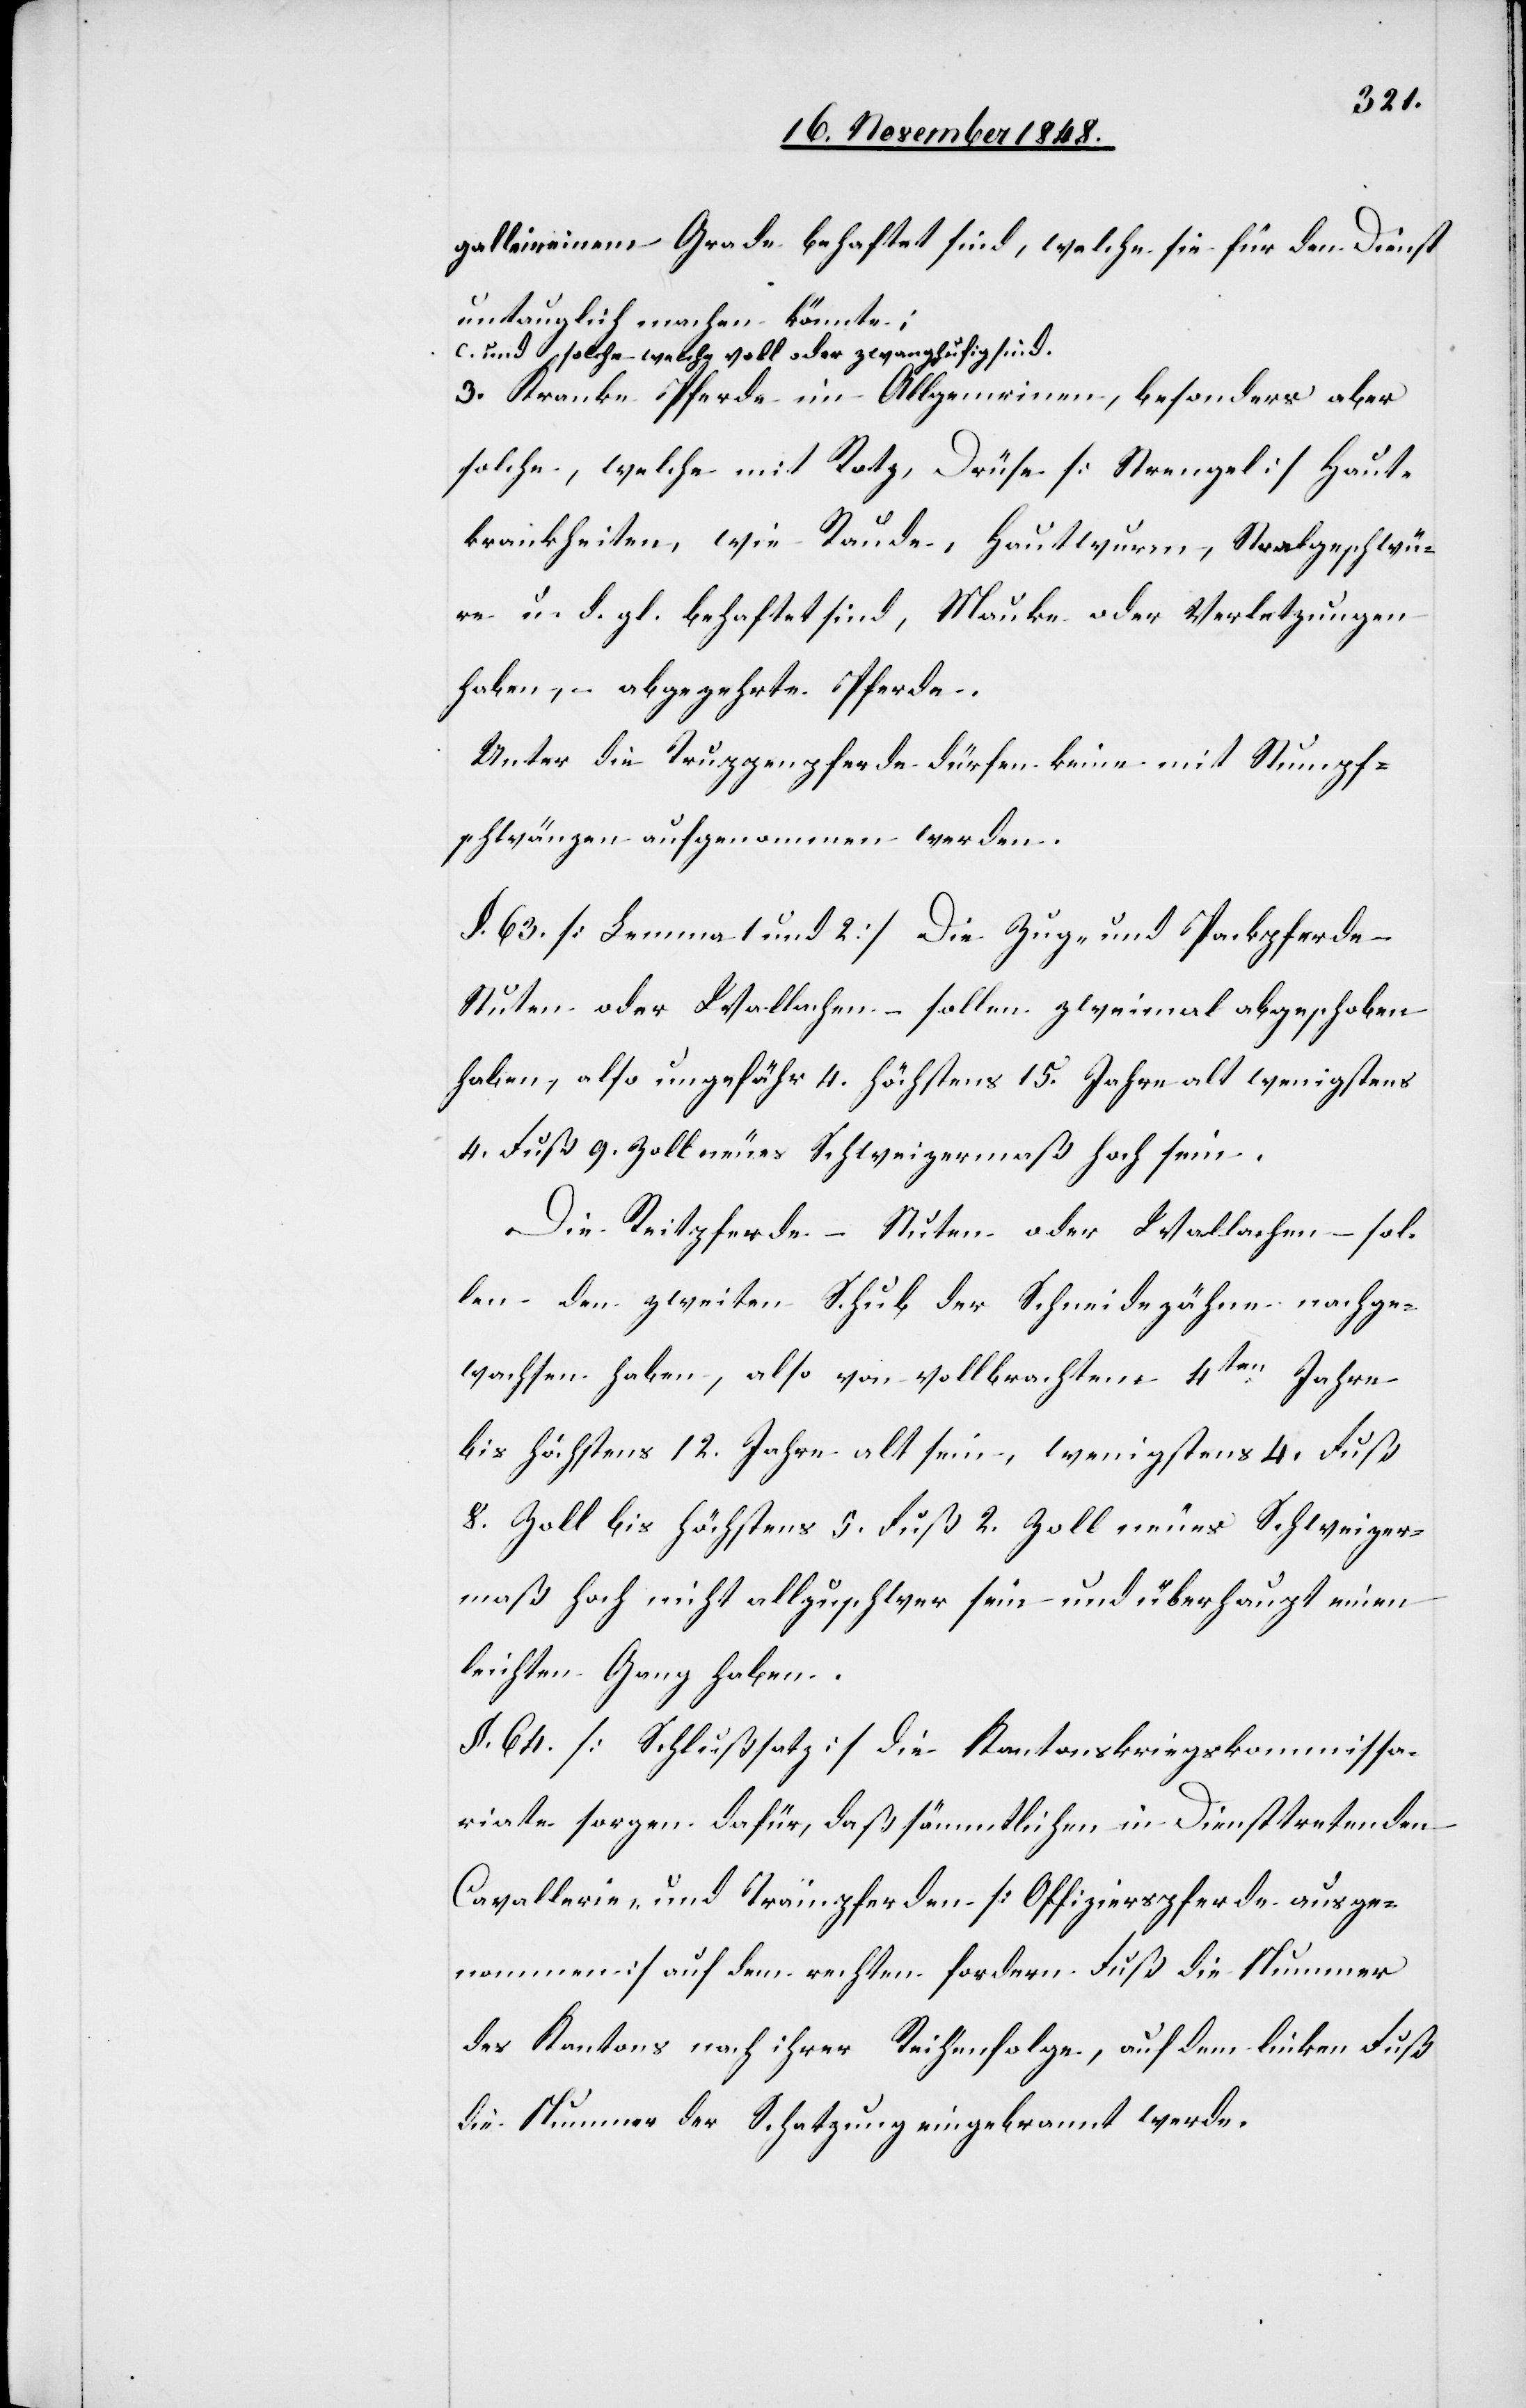
galle in einem Grade behaftet sind, welche sie für den Dienst
untauglich machen könnte;
c. und solche welche voll oder zwanghufig sind.
3. Kranke Pferde im Allgemeinen, besonders aber
solche, welche mit Rotz, Drüse [Strengel] Haut¬
krankheiten, wie Raude, Hautwurm, Staalgeschwü¬
re u. d. gl. behaftet sind, Mauke oder Verletzungen
haben, abgezehrte Pferde.
Unter die Truppenpferde dürfen keine mit Stumpf¬
schwänzen aufgenommen werden.
§. 63. [Lemma 1 und 2.] Die Zug- und Packpferde
Stuten oder Wallachen – sollen zweimal abgeschoben
haben, also ungefähr 4. höchsten 15. Jahre alt wenigstens
4. Fuß 9. Zoll neues Schweizermaß hoch sein.
Die Reitpferde – Stuten oder Wallachen – sol¬
len den zweiten Schub der Schneidezähne nachge¬
wachsen haben, also von vollbrachtem 4ten Jahre
bis höchstens 12. Jahre alt sein, wenigstens 4. Fuß
8. Zoll bis höchstens 5. Fuß 2. Zoll neues Schweizer¬
maß hoch nicht allzuschwer sein und überhaupt einen
leichten Gang haben.
§. 64. [Schlußsatz] Die Kantonskriegskommissa¬
riate sorgen dafür, daß sämmtlichen in Diensttretenden
Cavallerie- und Trainpferden [Offizierspferde ausge¬
nommen] auf dem rechten fordern Fuß die Nummer
des Kantons nach ihrer Reihenfolge, auf dem linken Fuß
die Nummer der Schatzung eingebrannt werde.